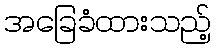
အခြေခံထားသည့်